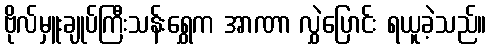
ဗိုလ်မှူးချုပ်ကြီးသန်းရွှေက အာဏာ လွှဲပြောင်း ရယူခဲ့သည်။